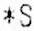
*S